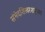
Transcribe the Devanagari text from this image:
संभेदशिखरशत्रुंजय